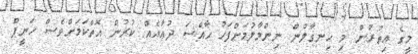
މީގެ އިތުރުން މި ހިނގާލުން ނިންމާލުމަށްފަހު ޚާއްސަ ދުޢާއެއް ކުރުން އޮތްކަމަށްވެސް ހަނީފް